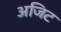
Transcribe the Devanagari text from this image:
अजिट